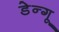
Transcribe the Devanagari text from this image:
डेन्गू